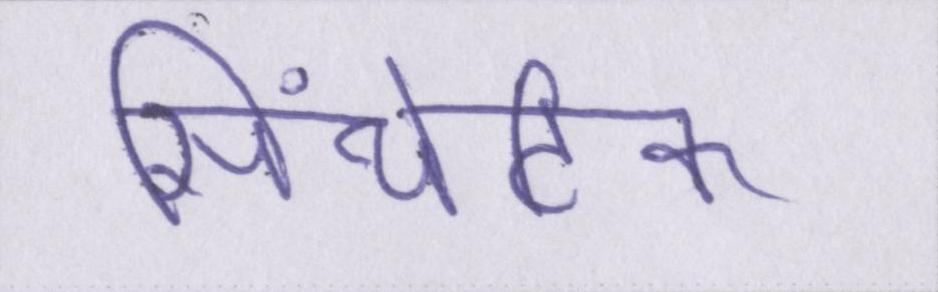
सिंथेटिक